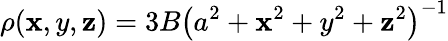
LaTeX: \rho(\mathbf{x},y,\mathbf{z})=3B\left(a^{2}+\mathbf{x}^{2}+y^{2}+\mathbf{z}^{2}\right)^{-1}